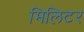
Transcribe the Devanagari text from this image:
मिलिटर